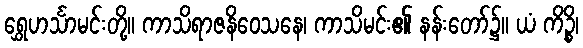
ရွှေဟင်္သာမင်းတို့။ ကာသိရာဇနိဝေသနေ၊ ကာသိမင်း၏ နန်းတော်၌။ ယံ ကိဉ္စိ၊